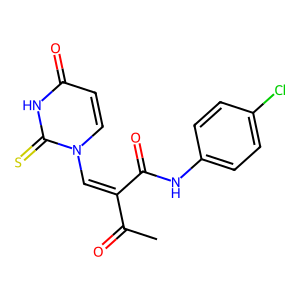
SMILES: CC(=O)C(=Cn1ccc(=O)[nH]c1=S)C(=O)Nc1ccc(Cl)cc1
Inhibits HIV replication: No